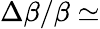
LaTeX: \Delta\beta/\beta\simeq